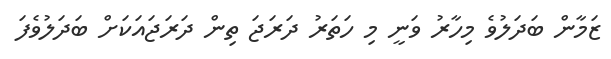
ޒަމާން ބަދަލުވެ މިހާރު ވަނީ މި ހަތަރު ދަރަޖަ ތިން ދަރަޖައަކަށް ބަދަލުވެފަ